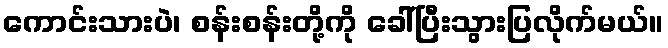
ကောင်းသားပဲ၊ စန်းစန်းတို့ကို ခေါ်ပြီးသွားပြလိုက်မယ်။